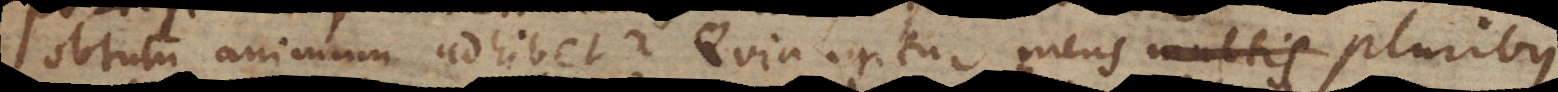
obtutu animum adhibet? Quia igitur mens multis pluribus